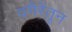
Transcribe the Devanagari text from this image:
वगैरेंतून